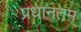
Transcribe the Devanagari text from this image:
प्रधानतम